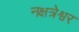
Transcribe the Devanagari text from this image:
नक्षत्रेश्वर